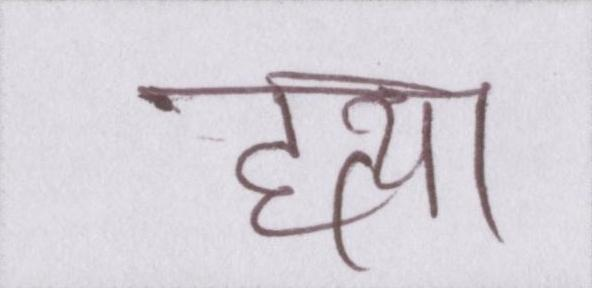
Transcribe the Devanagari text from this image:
हत्या